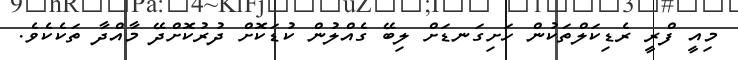
މިއީ ފްރީ ރެޑިކަލްތަކުން ހަށިގަނޑަށް ލިބޭ ގެއްލުން ކުޑަކޮށް ދުރުކޮށްދޭ މާއްދާ ތަކެކެވެ.